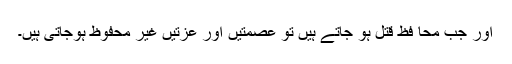
اور جب محا فظ قتل ہو جاتے ہیں تو عصمتیں اور عزتیں غیر محفوظ ہوجاتی ہیں۔